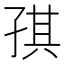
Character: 𰌪